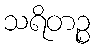
သရိတဉ္စ